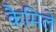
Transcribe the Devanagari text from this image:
कैमिले